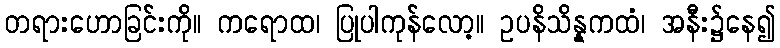
တရားဟောခြင်းကို။ ကရောထ၊ ပြုပါကုန်လော့။ ဥပနိသိန္နကထံ၊ အနီး၌နေ၍